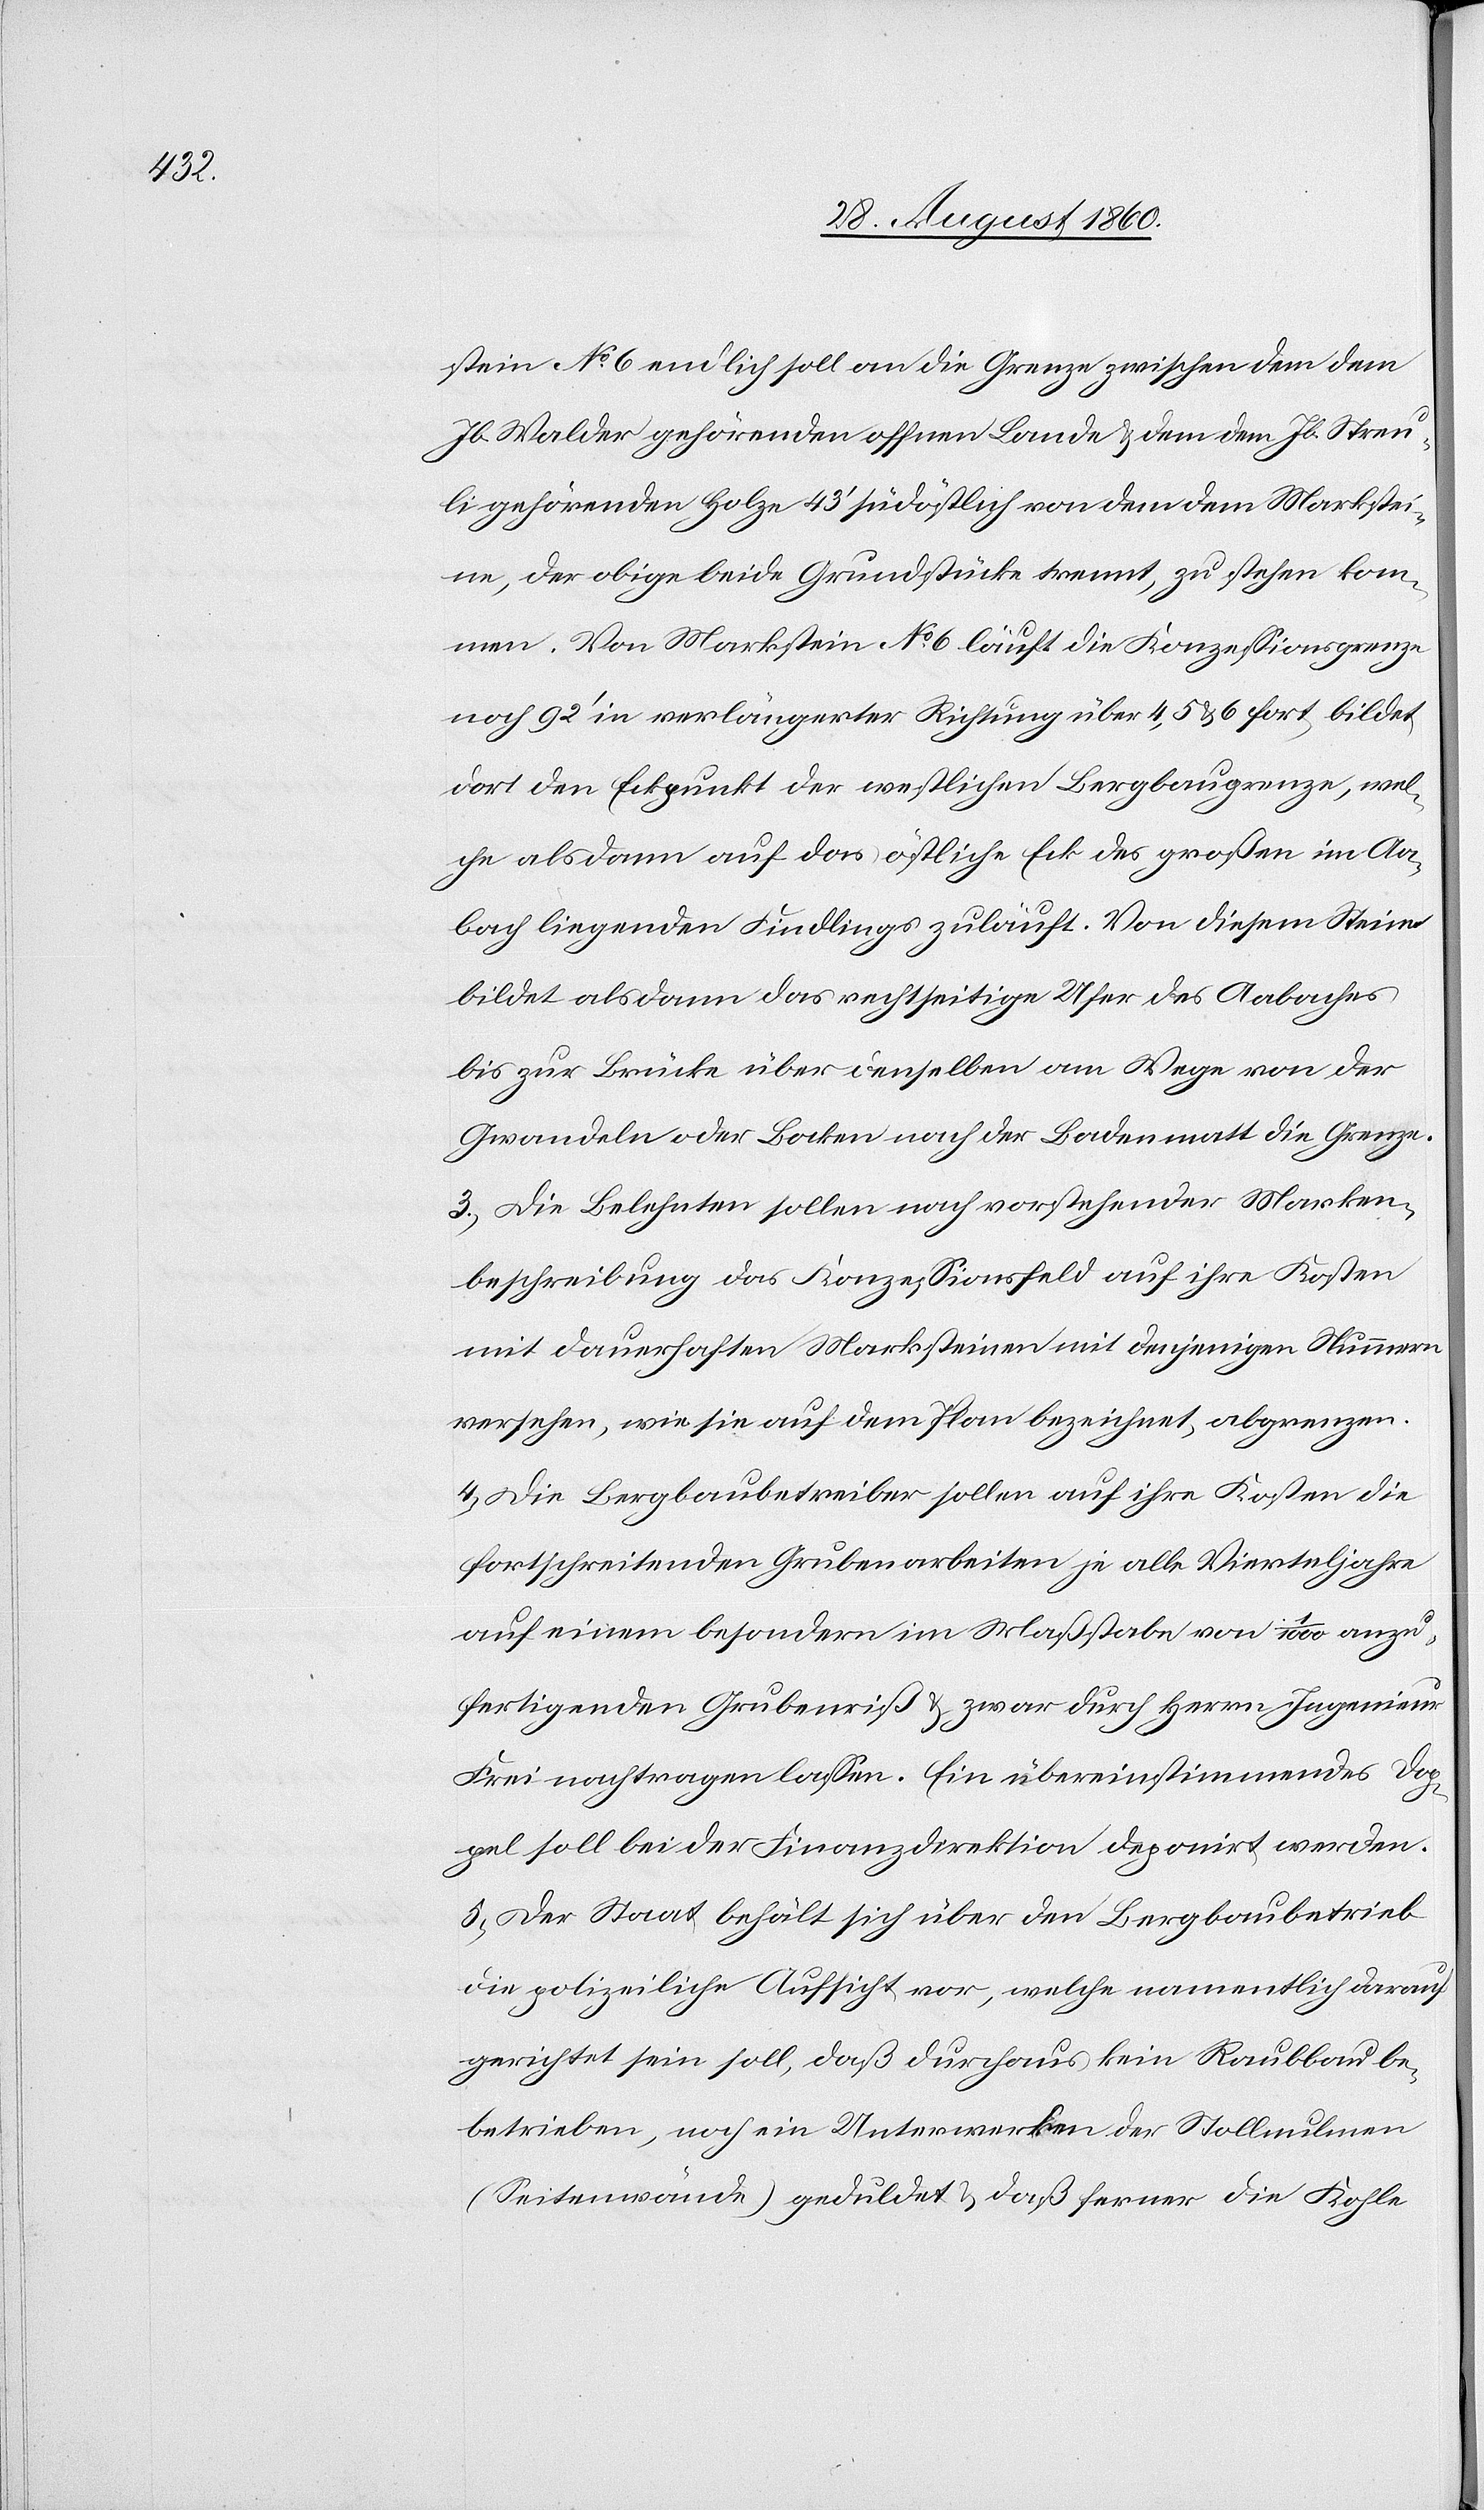
endlich soll an die Grenze zwischen dem dem
Jb. Walder gehörenden offnen Lande u. dem den Jb. Streu¬
li gehörenden Holze 43’ südöstlich von dem Markstei¬
ne, der obige beide Grundstücke trennt, zu stehen kom¬
men. Von Markstein No 6 läuft die Conzessionsgrenze
noch 92’ in verlängerter Richtung über 4, 5 u. 6 fort, bildet
dort den Eckpunkt der westlichen Bergbaugrenze, wel¬
che alsdann auf das oestliche Eck des grossen im Aa¬
bach liegenden Findlings zuläuft. Von diesem Steine
bildet alsdann das rechtseitige Ufer des Aabaches
bis zur Brücke über denselben am Wege von der
Gwandeln oder Bocken nach der Bodenmatt die Grenze.
3) Die Belehnten sollen nach vorstehender Marken¬
beschreibung das Conzessionsfeld auf ihre Kosten
mit dauerhaften Marksteinen mit denjenigen Nummern
versehen, wie sie auf dem Plane bezeichnet, abgrenzen.
4) Die Bergbaubetreiber sollen auf ihre Kosten die
fortschreitenden Grubenarbeiten je alle Vierteljahre
auf einen besondern im Massstabe von 1/1000 anzu¬
fertigenden Grubenriss u. zwar durch Hrn. Ingenieur
Frei nachtragen lassen. Ein übereinstimmendes Dop¬
pel soll bei der Finanzdirektion deponirt werden.
5) Der Staat behält sich über den Bergbaubetrieb
die polizeiliche Aufsicht vor, welche namentlich darauf
gerichtet sein soll, dass durchaus kein Raubbau b¬
etrieben, noch ein Unterwerken der Stollenulmen
(Seitenwände) geduldet u. dass ferner die Kohle